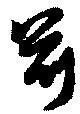
前